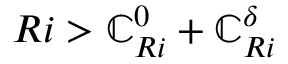
R i > \mathbb { C } _ { R i } ^ { 0 } + \mathbb { C } _ { R i } ^ { \delta }